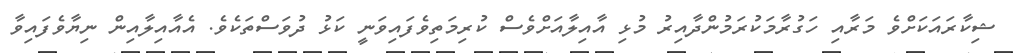
ޝިކާރައަކަށްވެ މަރާއި ހަގުރާމަކުރަމުންދާއިރު މުޅި އާއިލާއަށްވެސް ކުރިމަތިވެފައިވަނީ ކަޅު ދުވަސްތަކެވެ. އެއާއިލާއިން ނިޔާވެފައިވާ